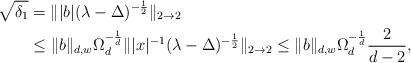
LaTeX: \begin{align*}\sqrt{\delta_1}&=\||b| (\lambda - \Delta)^{-\frac{1}{2}} \|_{2 \rightarrow 2} \\ & \leq\|b\|_{d,w} \Omega_d^{-\frac{1}{d}} \||x|^{-1} (\lambda - \Delta)^{-\frac{1}{2}} \|_{2 \rightarrow 2} \leq \|b\|_{d,w} \Omega_d^{-\frac{1}{d}} \frac{2}{d-2},\end{align*}